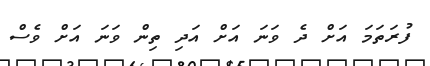
ފުރަތަމަ އަށް ދެ ވަނަ އަށް އަދި ތިން ވަނަ އަށް ވެސް